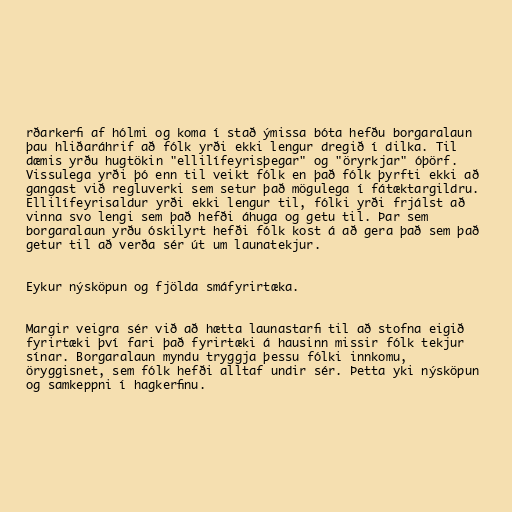
rðarkerfi af hólmi og koma í stað ýmissa bóta hefðu borgaralaun
þau hliðaráhrif að fólk yrði ekki lengur dregið í dilka. Til
dæmis yrðu hugtökin "ellilífeyrisþegar" og "öryrkjar" óþörf.
Vissulega yrði þó enn til veikt fólk en það fólk þyrfti ekki að
gangast við regluverki sem setur það mögulega í fátæktargildru.
Ellilífeyrisaldur yrði ekki lengur til, fólki yrði frjálst að
vinna svo lengi sem það hefði áhuga og getu til. Þar sem
borgaralaun yrðu óskilyrt hefði fólk kost á að gera það sem það
getur til að verða sér út um launatekjur.

Eykur nýsköpun og fjölda smáfyrirtæka.

Margir veigra sér við að hætta launastarfi til að stofna eigið
fyrirtæki því fari það fyrirtæki á hausinn missir fólk tekjur
sínar. Borgaralaun myndu tryggja þessu fólki innkomu,
öryggisnet, sem fólk hefði alltaf undir sér. Þetta yki nýsköpun
og samkeppni í hagkerfinu.